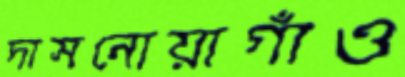
দাসনোয়াগাঁও